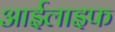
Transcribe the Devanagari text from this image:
आईलाइफ